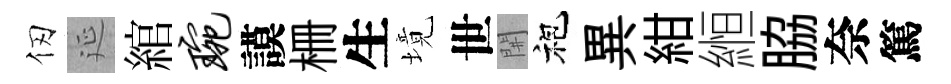
仞延綰琬謨栅生境世𨳩袍異紺縆脇奈篤